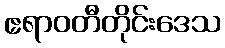
ဧရာဝတီတိုင်းဒေသ